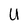
Character: U